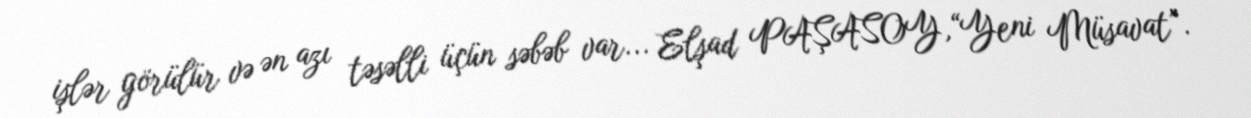
işlər görülür və ən azı təsəlli üçün səbəb var... Elşad PAŞASOY,“Yeni Müsavat”.